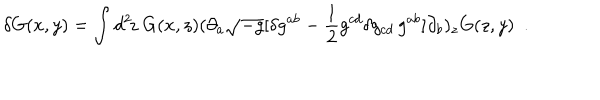
\delta G ( x , y ) = \int d ^ { 2 } \! z \ G ( x , z ) ( \partial _ { a } \sqrt { - g } [ \delta g ^ { a b } - { \frac { 1 } { 2 } } g ^ { c d } \delta g _ { c d } \, g ^ { a b } ] \partial _ { b } ) _ { z } G ( z , y ) \ \ .